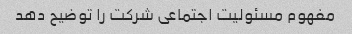
مفهوم مسئولیت اجتماعی شرکت را توضیح دهد